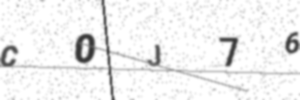
Text: C0J76